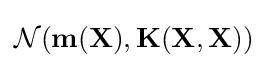
{\mathcal {N}}({\textbf {m}}({\textbf {X}}),{\textbf {K}}({\textbf {X}},{\textbf {X}}))